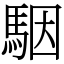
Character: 駰